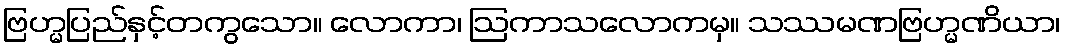
ဗြဟ္မပြည်နှင့်တကွသော။ လောကာ၊ ဩကာသလောကမှ။ သဿမဏဗြဟ္မဏိယာ၊